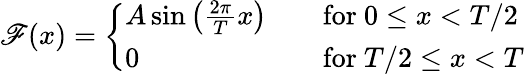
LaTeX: \mathscr{F}(x)={\left\{ \begin{array}{ll}{A\sin\left({\frac{2\pi}{T}}x\right)}&{\quad{\mathrm{for~}}0\leq x<T/2}\\ {0}&{\quad{\mathrm{for~}}T/2\leq x<T}\end{array}\right.}